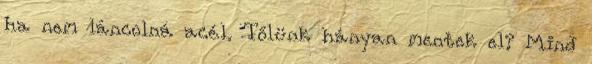
ha nem láncolná acél. Tőlünk hányan mentek el? Mind